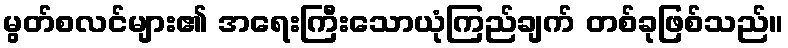
မွတ်စလင်များ၏ အရေးကြီးသောယုံကြည်ချက် တစ်ခုဖြစ်သည်။